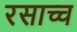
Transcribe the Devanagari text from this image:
रसाच्च